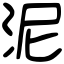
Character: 泥